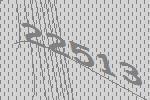
22513